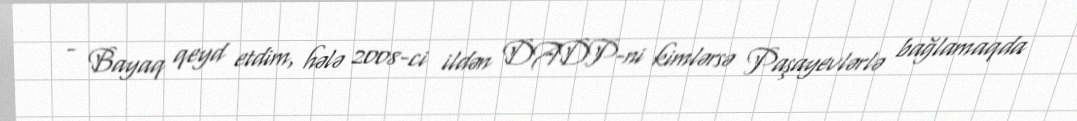
- Bayaq qeyd etdim, hələ 2008-ci ildən DADP-ni kimlərsə Paşayevlərlə bağlamaqda